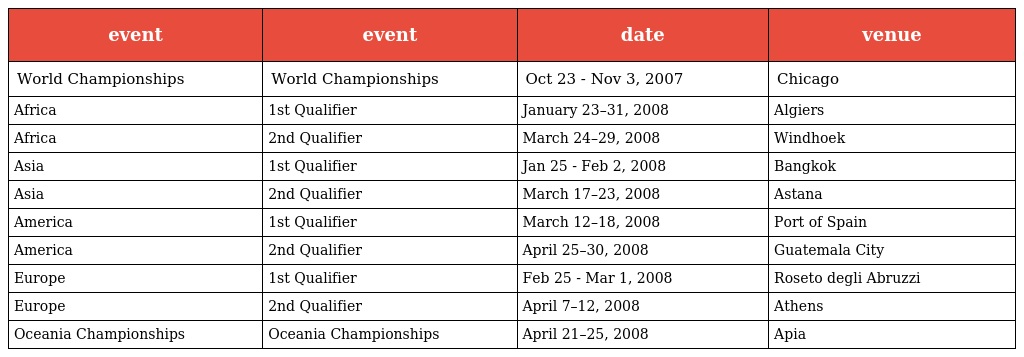
| event | event | date | venue |
 | --- | --- | --- | --- |
 | World Championships | World Championships | Oct 23 - Nov 3, 2007 | Chicago |
 | Africa | 1st Qualifier | January 23–31, 2008 | Algiers |
 | Africa | 2nd Qualifier | March 24–29, 2008 | Windhoek |
 | Asia | 1st Qualifier | Jan 25 - Feb 2, 2008 | Bangkok |
 | Asia | 2nd Qualifier | March 17–23, 2008 | Astana |
 | America | 1st Qualifier | March 12–18, 2008 | Port of Spain |
 | America | 2nd Qualifier | April 25–30, 2008 | Guatemala City |
 | Europe | 1st Qualifier | Feb 25 - Mar 1, 2008 | Roseto degli Abruzzi |
 | Europe | 2nd Qualifier | April 7–12, 2008 | Athens |
 | Oceania Championships | Oceania Championships | April 21–25, 2008 | Apia |